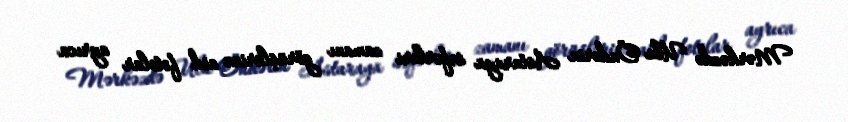
Mərkəzdə Ulu Öndərin Astaraya səfərləri zamanı görüşlərinə aid fotolar ayrıca